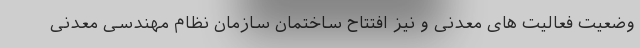
وضعیت فعالیت های معدنی و نیز افتتاح ساختمان سازمان نظام مهندسی معدنی